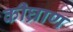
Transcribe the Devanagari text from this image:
कीघ्राण